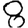
Digit: 8